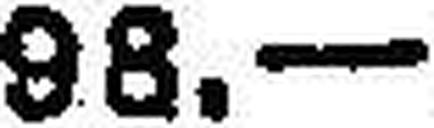
98.—